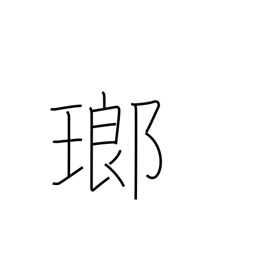
Meaning: precious stone